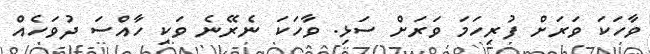
ވާހަކަ ވަރަށް ފުރިހަމަ ވަރަށް ސަޅި. ވާހަކަ ނެރޭނެ ވަކި ހާއްސަ ދުވަހެއް